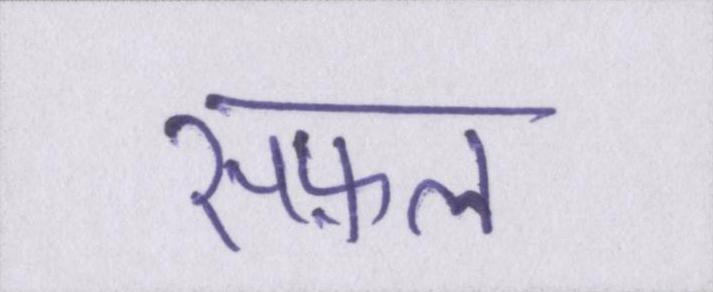
सफ़ल